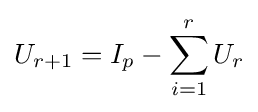
U_{r+1}=I_{p}-\sum _{i=1}^{r}U_{r}